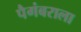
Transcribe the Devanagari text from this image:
पैगंबराला